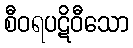
စီဝရပဋိဝီသော